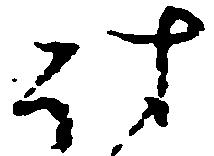
討